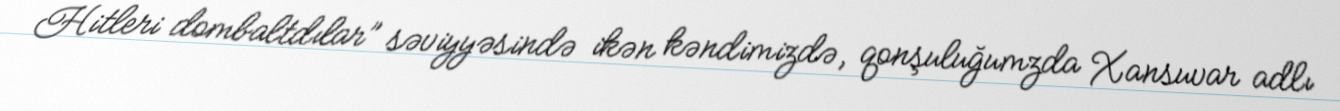
Hitleri dombaltdılar” səviyyəsində ikən kəndimizdə, qonşuluğumzda Xansuvar adlı